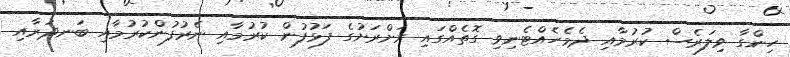
ހިންގާ ވިލަރެސް ކުރުމާއި ދެމެހެއްޓެނިވި ގޮތެއްގައި ރަށްރަށުގެ ފަޅުފުން ކުރުމާއި ނެރުފުންކުރުމާއި ބަނދަރާއި